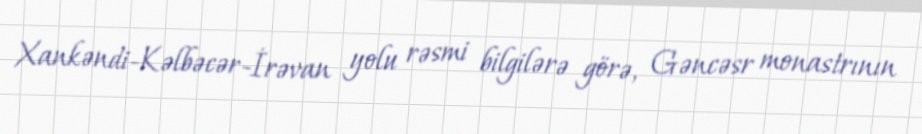
Xankəndi-Kəlbəcər-İrəvan yolu rəsmi bilgilərə görə, Gəncəsr monastrının